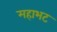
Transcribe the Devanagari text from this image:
महाभट